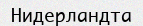
Нидерландта